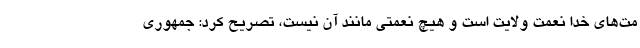
مت‌های خدا نعمت ولایت است و هیچ نعمتی مانند آن نیست، تصریح کرد: جمهوری